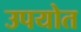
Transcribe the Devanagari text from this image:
उपयोत